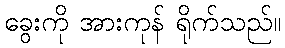
ခွေးကို အားကုန် ရိုက်သည်။